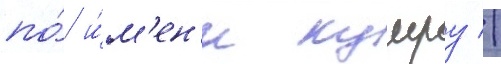
по́ и́м'ен'и кумру //